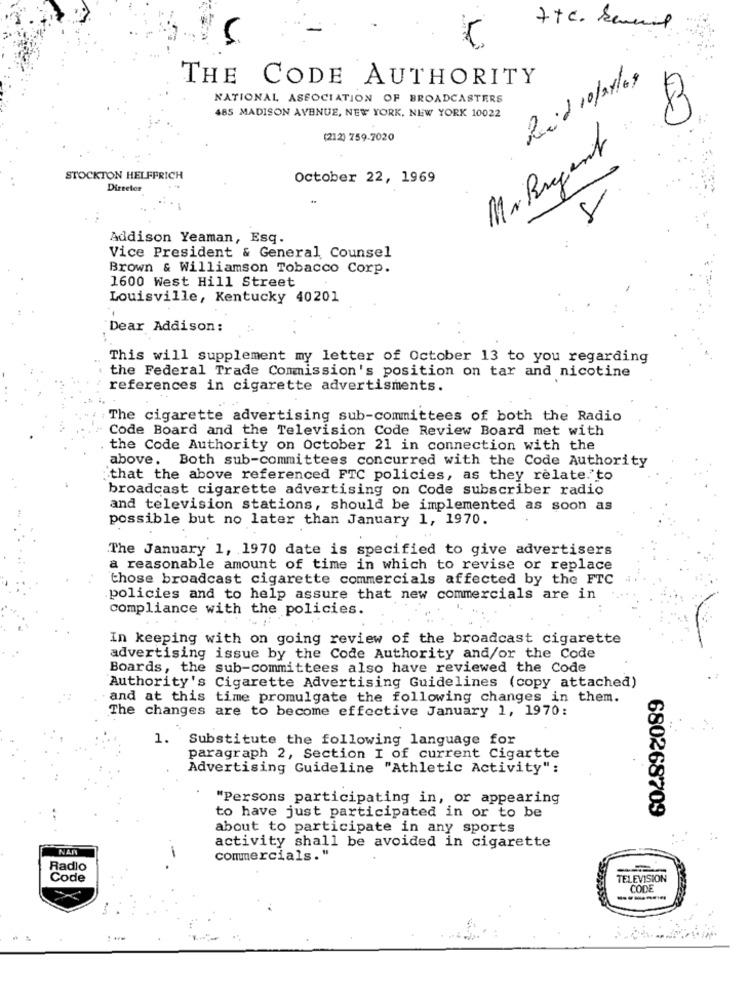
7+c. Several
5
THE CODE AUTHORITY
Raid 10/28/19
NATIONAL ASSOCIATION OF BROADCASTERS
485 MADISON AVENUE, NEW YORK, NEW YORK 10022
(212) 759-7020
Ma. Bragent
STOCKTON HELFERICH
October 22, 1969
Director
Addison Yeaman, Esq.
Vice President & General Counsel
Brown & Williamson Tobacco Corp.
1600 West Hill Street
Louisville, Kentucky 40201
Dear Addison:
This will supplement my letter of October 13 to you regarding
the Federal Trade Commission's position on tar and nicotine
references in cigarette advertisments.
The cigarette advertising sub-committees of both the Radio
Code Board and the Television Code Review Board met with
the Code Authority on October 21 in connection with the
above. Both sub-committees concurred with the Code Authority
that the above referenced FTC policies, as they relate."to
broadcast cigarette advertising on Code subscriber radio
and television stations, should be implemented as soon as
possible but no later than January 1, 1970.
The January 1, 1970 date is specified to give advertisers
a reasonable amount of time in which to revise or replace
those broadcast cigarette commercials affected by the FTC
policies and to help assure that new commercials are in
compliance with the policies.
In keeping with on going review of the broadcast cigarette
advertising issue by the Code Authority and/or the Code
Boards, the sub-committees also have reviewed the Code
Authority's Cigarette Advertising Guidelines (copy attached)
and at this time promulgate the following changes in them.
The changes are to become effective January 1, 1970:
1. Substitute the following language for
paragraph 2, Section I of current Cigartte
Advertising Guideline "Athletic Activity":
"Persons participating in, or appearing
680268709
to have just participated in or to be
about to participate in any sports
NAR
activity shall be avoided in cigarette
-
commercials."
Radio
Code
TELEVISION
CODE
---------